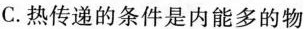
C.热传递的条件是内能多的物